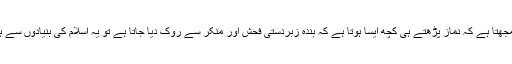
اگر کوئی یہ سمجھتا ہے کہ نماز پڑھتے ہی کچھ ایسا ہوتا ہے کہ بندہ زبردستی فحش اور منکر سے روک دیا جاتا ہے تو یہ اسلام کی بنیادوں سے ہی متصادم ہے۔